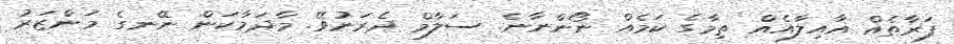
ފަރާތެއް ޢާއިލާއެއް ތިމާގެ ކަމެއް ނޯންނާނެ. ސަލާމް ދެރަނުވޭ. މާދަމާކަން ނޭނގެ މަންޒަރު